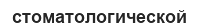
стоматологической